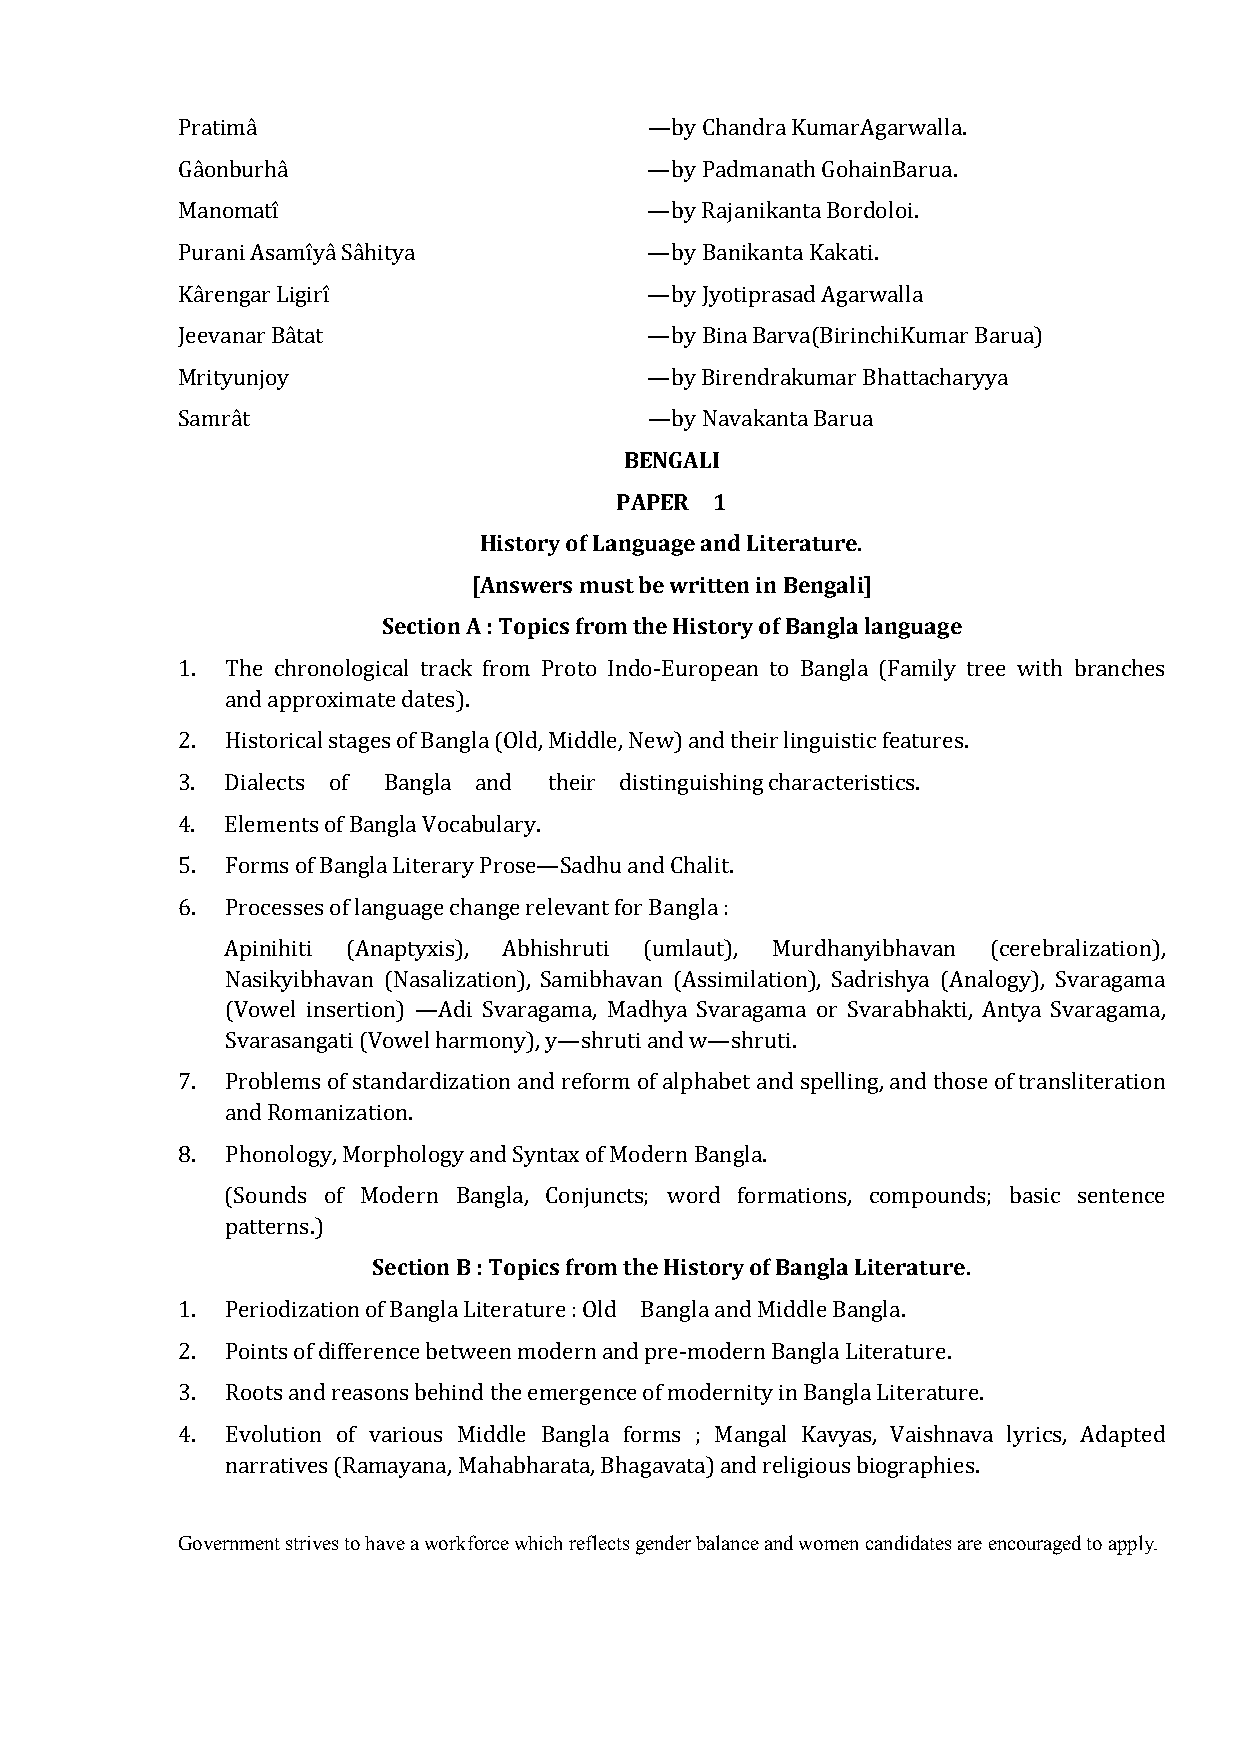
Pratimâ                        —by Chandra KumarAgarwalla.
 Gâonburhâ                      —by Padmanath GohainBarua.
 Manomatî                       —by Rajanikanta Bordoloi.
 Purani Asamîyâ Sâhitya         —by Banikanta Kakati.
 Kârengar Ligirî                —by Jyotiprasad Agarwalla
 Jeevanar Bâtat                 —by Bina Barva(BirinchiKumar Barua)
 Mrityunjoy                     —by Birendrakumar Bhattacharyya
 BENGALI
 Samrât                         —by Navakanta Barua
 PAPER 1
 History of Language and Literature.
 [Answers must be written in Bengali]
 Section A : Topics from the History of Bangla language
 1. The chronological track from Proto Indo-European to Bangla (Family tree with branches
 and approximate dates).
 2. Historical stages of Bangla (Old, Middle, New) and their linguistic features.
 3. Dialects of Bangla and their distinguishing characteristics.
 4. Elements of Bangla Vocabulary.
 5. Forms of Bangla Literary Prose—Sadhu and Chalit.
 6. Processes of language change relevant for Bangla :
 Apinihiti (Anaptyxis), Abhishruti (umlaut), Murdhanyibhavan (cerebralization),
 Nasikyibhavan (Nasalization), Samibhavan (Assimilation), Sadrishya (Analogy), Svaragama
 (Vowel insertion) —Adi Svaragama, Madhya Svaragama or Svarabhakti, Antya Svaragama,
 Svarasangati (Vowel harmony), y—shruti and w—shruti.
 7. Problems of standardization and reform of alphabet and spelling, and those of transliteration
 and Romanization.
 8. Phonology, Morphology and Syntax of Modern Bangla.
 (Sounds of Modern Bangla, Conjuncts; word formations, compounds; basic sentence
 Section B : Topics from the History of Bangla Literature.
 patterns.)
 1. Periodization of Bangla Literature : Old Bangla and Middle Bangla.
 2. Points of difference between modern and pre-modern Bangla Literature.
 3. Roots and reasons behind the emergence of modernity in Bangla Literature.
 4. Evolution of various Middle Bangla forms ; Mangal Kavyas, Vaishnava lyrics, Adapted
 narratives (Ramayana, Mahabharata, Bhagavata) and religious biographies.
 Government strives to have a workforce which reflects gender balance and women candidates are encouraged to apply.